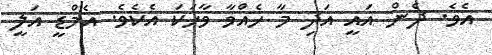
އެވެ. ދެން އައީ އަދި މާ ހެއްވާ ވާހަކަ އެކެވެ. އެމްޑީ އަލީ